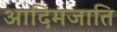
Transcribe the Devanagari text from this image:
आदिमजाति